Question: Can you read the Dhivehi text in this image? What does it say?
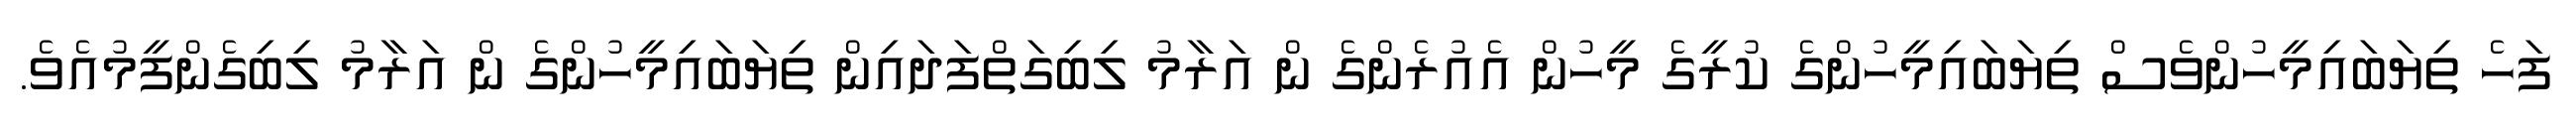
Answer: ފަހެ ތިޔަބައިމީހުންވެސް ތިޔަބައިމީހުންގެ ކުރީގެ މީހުން އެއުރެންގެ ން އަރާމު ލިބިގަތްފަދައިން ތިޔަބައިމީހުންގެ ން އަރާމު ލިބިގެންފީމުއެވެ.